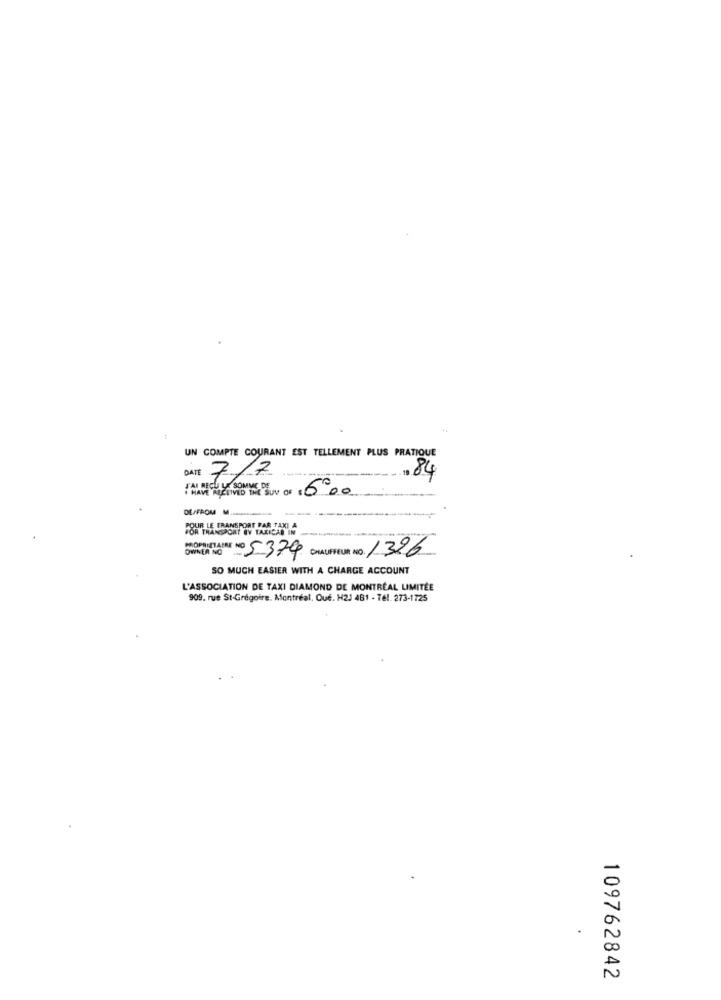
UN COMPTE COURANT EST TELLEMENT PLUS PRATIQUE
DATE 7/7
84
DE/FROM M.
FOR TRANSPORT BV TAXICAB IN
OUR LE TRANSPORT PAR TAXI A
MOPRIMAIRE NO 5379 CHAUFFEUR NO. 1326
SO MUCH EASIER WITH A CHARGE ACCOUNT
L'ASSOCIATION DE TAXI DIAMOND DE MONTRÉAL LIMITÉE
909. rue St-Grégoire. Montréal. Oud. H2J 481 - Tel. 273-1725
v
N
109762842